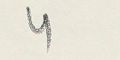
4